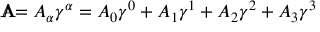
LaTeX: \mathbf { A } \! \! \! \! / = A _ { \alpha } \gamma ^ { \alpha } = A _ { 0 } \gamma ^ { 0 } + A _ { 1 } \gamma ^ { 1 } + A _ { 2 } \gamma ^ { 2 } + A _ { 3 } \gamma ^ { 3 }